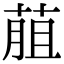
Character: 𦳎